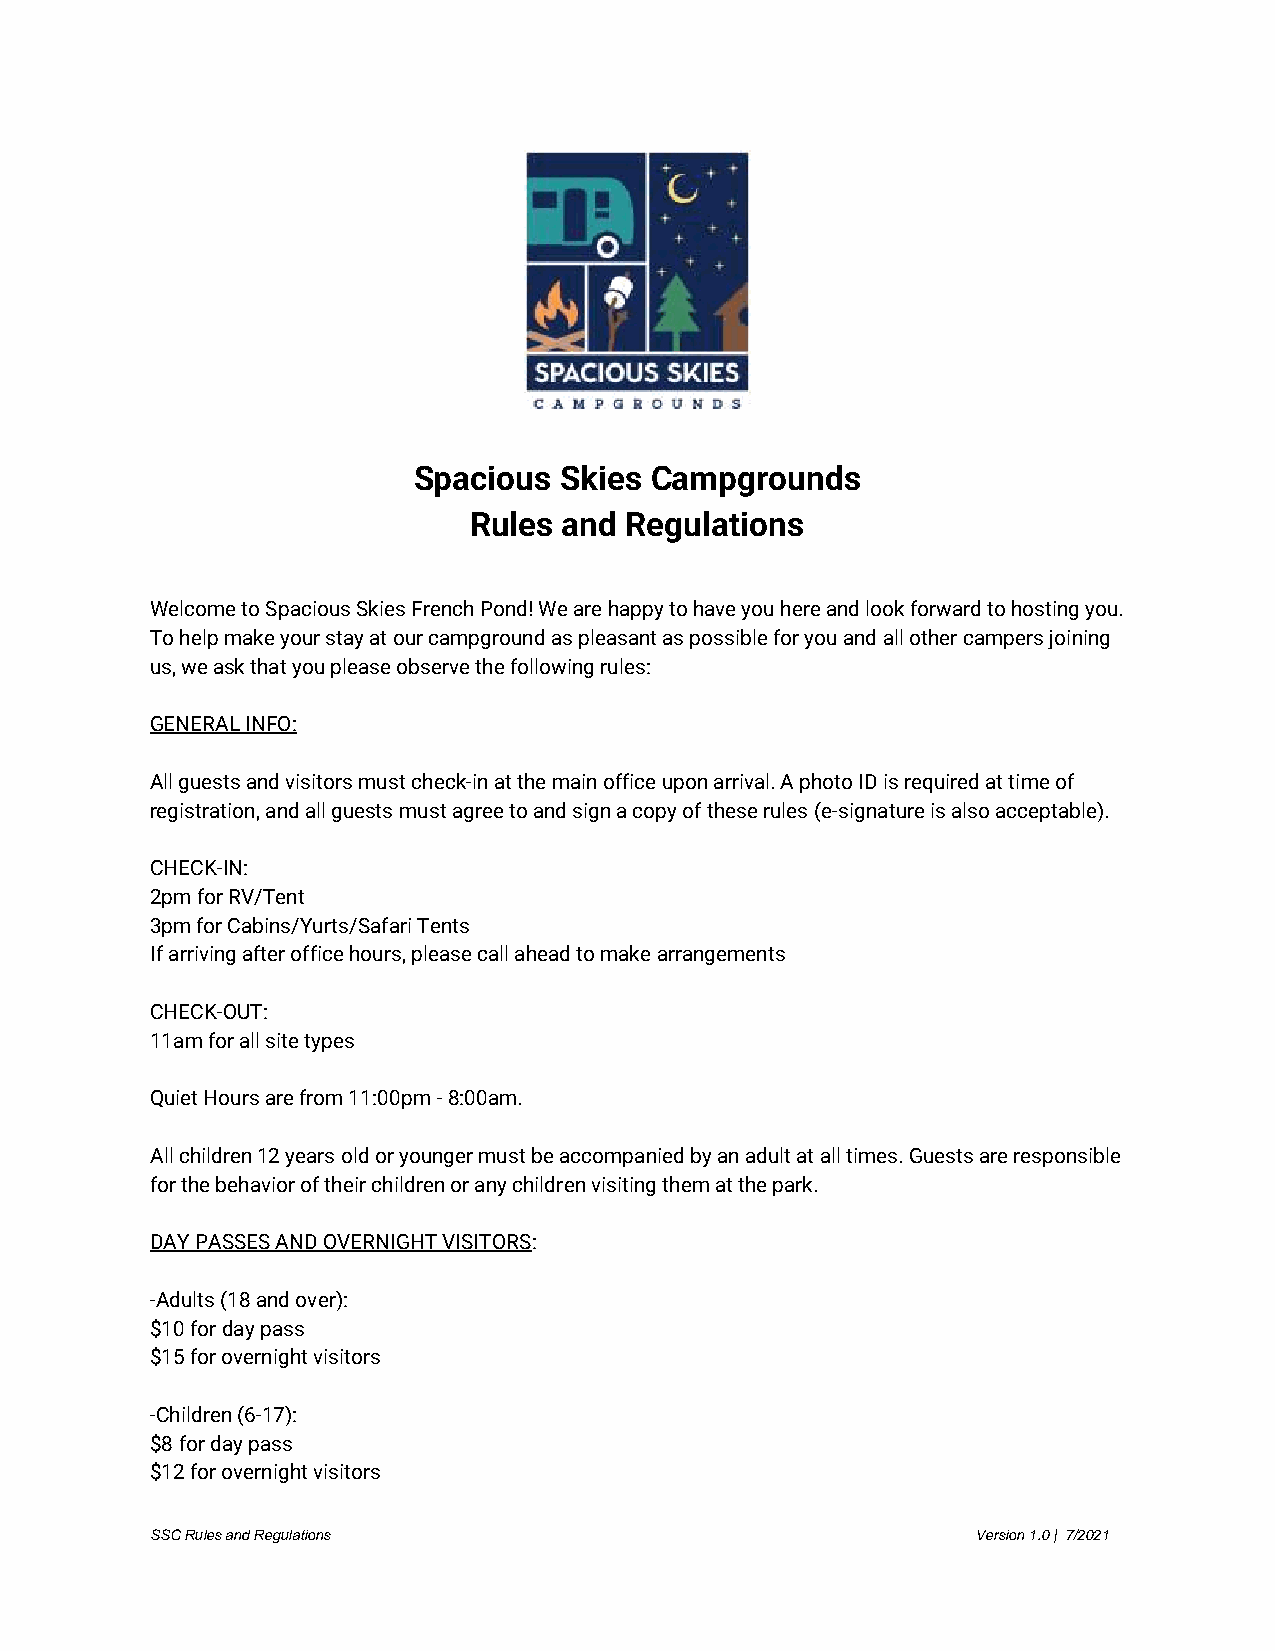
Spacious  Skies Campgrounds
 Rules and Regulations
 Welcome to Spacious Skies French Pond! We are happy to have you here and look forward to hosting you.
 To help make your stay at our campground as pleasant as possible for you and all other campers joining
 us, we ask that you please observe the following rules:
 GENERAL INFO:
 All guests and visitors must check-in at the main office upon arrival. A photo ID is required at time of
 registration, and all guests must agree to and sign a copy of these rules (e-signature is also acceptable).
 CHECK-IN:
 2pm for RV/Tent
 3pm for Cabins/Yurts/Safari Tents
 If arriving after office hours, please call ahead to make arrangements
 CHECK-OUT:
 11am for all site types
 Quiet Hours are from 11:00pm - 8:00am.
 All children 12 years old or younger must be accompanied by an adult at all times. Guests are responsible
 for the behavior of their children or any children visiting them at the park.
 DAY PASSES AND OVERNIGHT VISITORS:
 -Adults (18 and over):
 $10 for day pass
 $15 for overnight visitors
 -Children (6-17):
 $8 for day pass
 $12 for overnight visitors
 SSC Rules and Regulations                              Version 1.0 | 7/2021